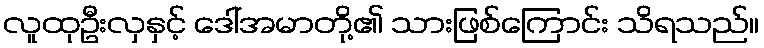
လူထုဦးလှနှင့် ဒေါ်အမာတို့၏ သားဖြစ်ကြောင်း သိရသည်။